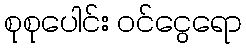
စုစုပေါင်း ဝင်ငွေရော